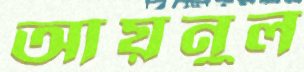
আয়নুল